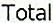
TOTAL